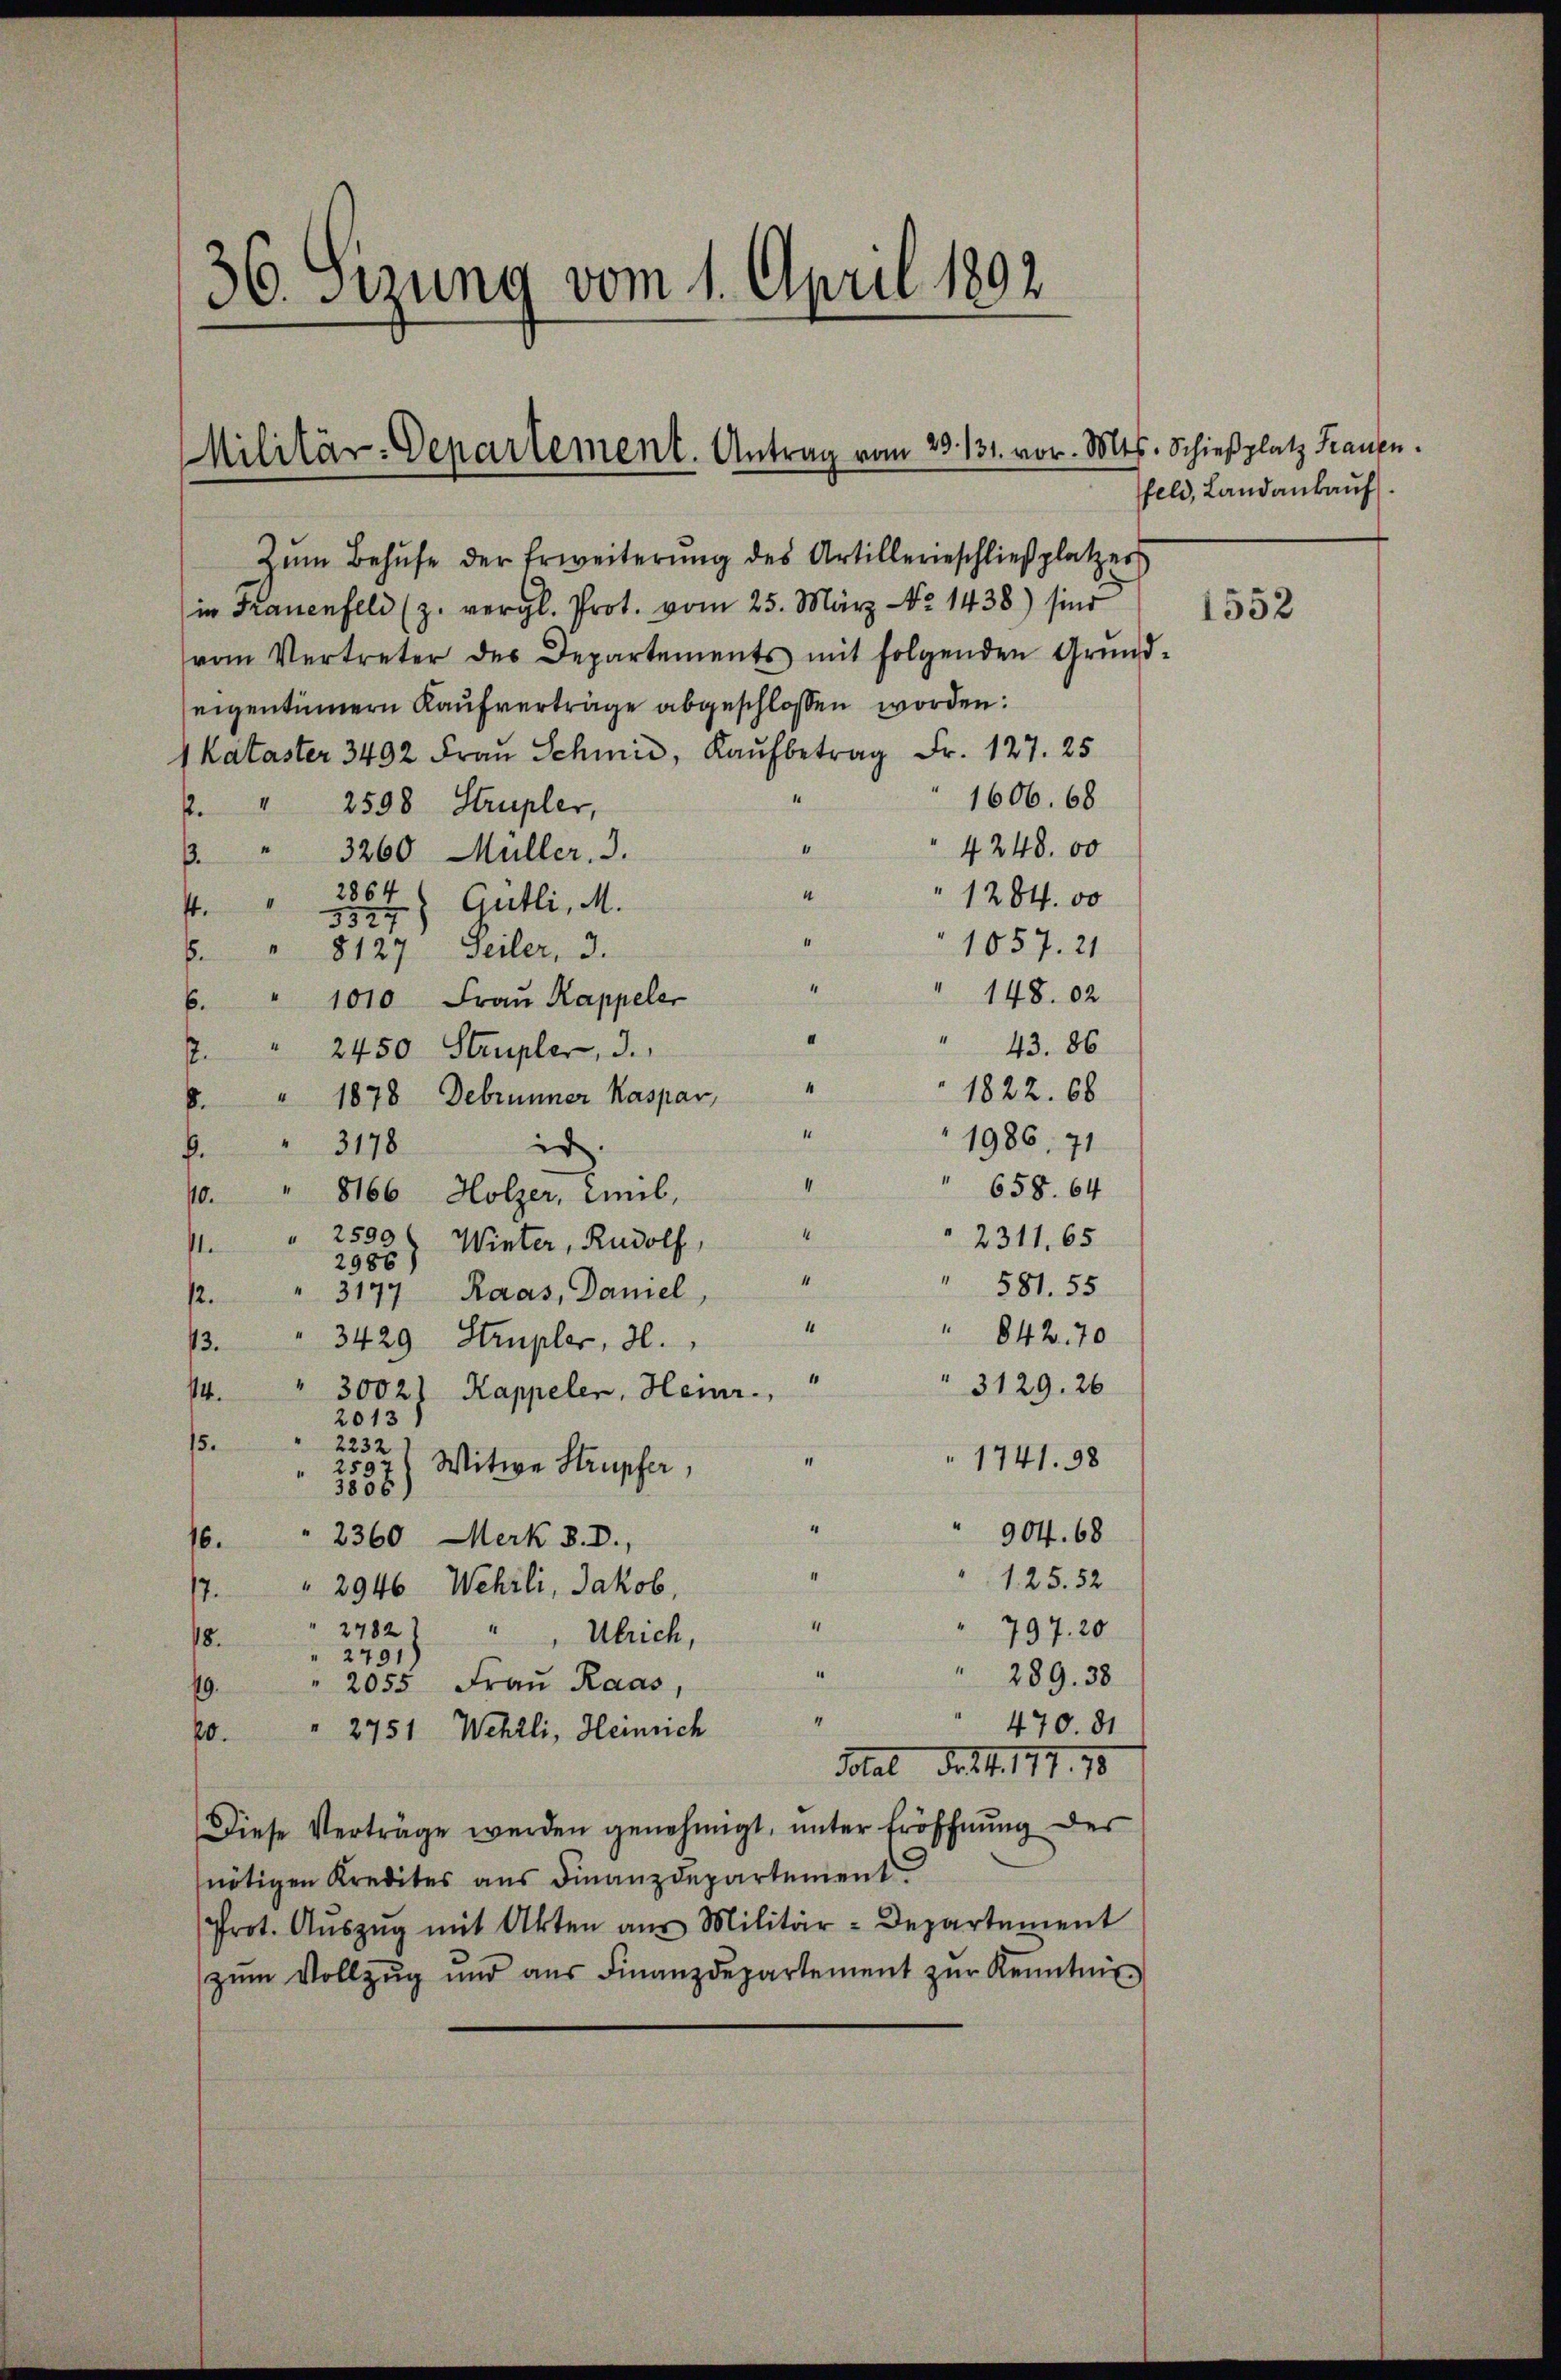
36. Sitzung vom 1. April 1892

Militär-Departement. Antrag vom 23. 131. vor. Mts. Schießplatz Frauen.

Zŭm Behŭfe der Erweiterŭng des Artillerieschlieβplatzers
in Frauenfeld (z. vergl. Prot. vom 25. März No. 1438) sind
vom Vertreter des Departements mit folgenden Grund-
seigentümern Kaufverträge abgeschlossen worden:
Kataster 3492 Frau Schmid, Kaŭfbetrag Fr. 127. 25
1606. 68
2. " 2598 Strupler,
“
" 4248. 00
" 3260 Müller, 3.
2864
“
1284. 00
f
5527) Gütli, M.
1057. 21
" 8127. Seiler, 3.
4
148. 02
" 1010 Frau Kappeler
6.
43. 86
2. " 2450 Strupler, 3.
1822. 68
" 1878 Debrunner Kaspar,
.
1986. 71
3178
ir.
b.
658. 64
10 " 8166 Holzer, Emil,
2311, 65
2599 ( Winter, Rudolf,
ste
2986
" 581. 55
3177 Raas, Daniel,
12.
1
" 842. 70
3429 Strupler, 3.
13.
1
3129. 26
" 3002
14.
Kappeler, Heinr.,
2013
15.
2232
1741. 98
Witwe Strupfer,
259
5556)
904. 68
2360 Merk 8.D.,
16.
125. 52
2946 Wehrli, Jakob,
7.
4
797. 20
2782 " Ulrich,
18.
2791)
 289. 38
" 2055 Frau Raas,
19.
“
" 470. 81
20. 2751 Wehrli, Heinrich
Sotal Fr. f. 111. 18
Diese Verträge werden genehmigt, ŭnter Eröffnŭng des
nötigen Kredites aus Finanzdepartement
Prot. Aŭszŭg mit Akten aŭs Militär-Departement
zŭm Vollzŭg und aŭs Finanzdepartement zŭr Kenntnis

feld, Landankauf

1552